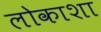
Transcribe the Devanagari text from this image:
लोकाशा